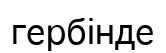
гербінде